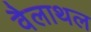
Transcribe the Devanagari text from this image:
वैलाथल